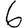
Digit: 6